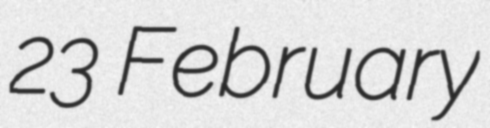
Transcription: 23 February